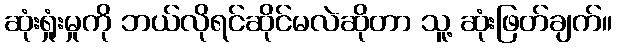
ဆုံးရှုံးမှုကို ဘယ်လိုရင်ဆိုင်မလဲဆိုတာ သူ့ ဆုံးဖြတ်ချက်။